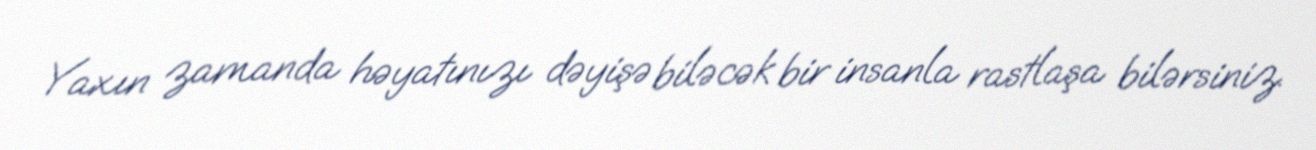
Yaxın zamanda həyatınızı dəyişə biləcək bir insanla rastlaşa bilərsiniz.